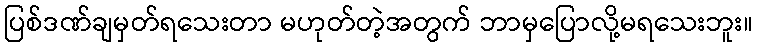
ပြစ်ဒဏ်ချမှတ်ရသေးတာ မဟုတ်တဲ့အတွက် ဘာမှပြောလို့မရသေးဘူး။